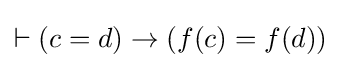
\vdash (c=d)\to (f(c)=f(d))